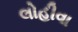
લોહીવા